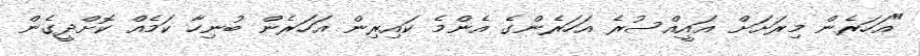
"އަހަރެން މިރަށަށް އައީއްސުރެ އަހަރެންގެ އެންމެ ކައިރިން އަހަރެން ބުނިހާ ކަމެއް ކޮށްދީގެން